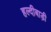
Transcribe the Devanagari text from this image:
हल्दीबाड़ी